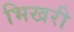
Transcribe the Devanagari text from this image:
भिखरी